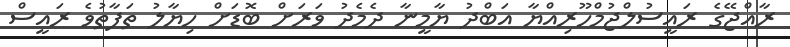
ރާއްޖޭގެ ރައީސުލްޖުމްހޫރިއްޔާ އަބްދު ޔާމީނާ ދެމެދު ވަރަށް ބޮޑަށް ހިޔާލު ތަފާތުވެ ރައީސް